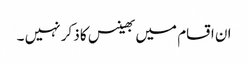
ان اقسام میں بھینس کا ذکر نہیں ۔